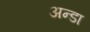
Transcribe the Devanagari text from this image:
अन्डा